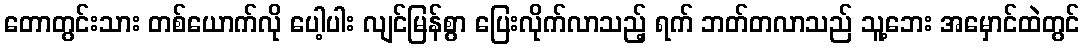
တောတွင်းသား တစ်ယောက်လို ပေါ့ပါး လျင်မြန်စွာ ပြေးလိုက်လာသည့် ရက် ဘတ်တလာသည် သူ့ဘေး အမှောင်ထဲတွင်